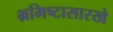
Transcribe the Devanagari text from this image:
भ्रमिष्टासारखे